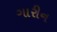
ગારીન